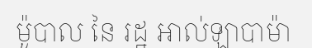
ម៉ូបាល នៃ រដ្ឋ អាល់ឡាបាម៉ា